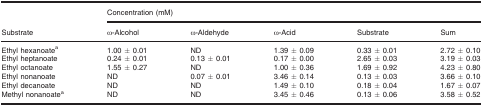
| <ROWSPAN=2> Substrate | <COLSPAN=5> Concentration (mM) |
 | ω‐Alcohol | ω‐Aldehyde | ω‐Acid | Substrate | Sum |
 | --- | --- | --- | --- | --- | --- |
 | Ethyl hexanoatea | 1.00 ± 0.01 | ND | 1.39 ± 0.09 | 0.33 ± 0.01 | 2.72 ± 0.10 |
 | Ethyl heptanoate | 0.24 ± 0.01 | 0.13 ± 0.01 | 0.17 ± 0.00 | 2.65 ± 0.03 | 3.19 ± 0.03 |
 | Ethyl octanoate | 1.55 ± 0.27 | ND | 1.00 ± 0.36 | 1.69 ± 0.92 | 4.23 ± 0.80 |
 | Ethyl nonanoate | ND | 0.07 ± 0.01 | 3.46 ± 0.14 | 0.13 ± 0.03 | 3.66 ± 0.10 |
 | Ethyl decanoate | ND | ND | 1.49 ± 0.10 | 0.18 ± 0.04 | 1.67 ± 0.07 |
 | Methyl nonanoatea | ND | ND | 3.45 ± 0.46 | 0.13 ± 0.06 | 3.58 ± 0.52 |